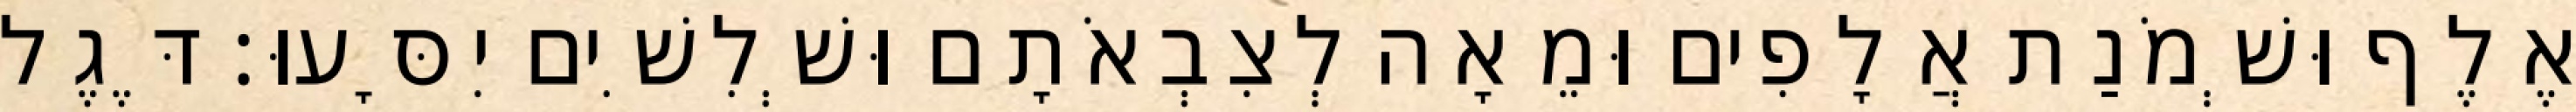
אֶלֶף וּשְׁמֹנַת אֲלָפִים וּמֵאָה לְצִבְאֹתָם וּשְׁלִשִׁים יִסָּעוּ׃ דֶּגֶל